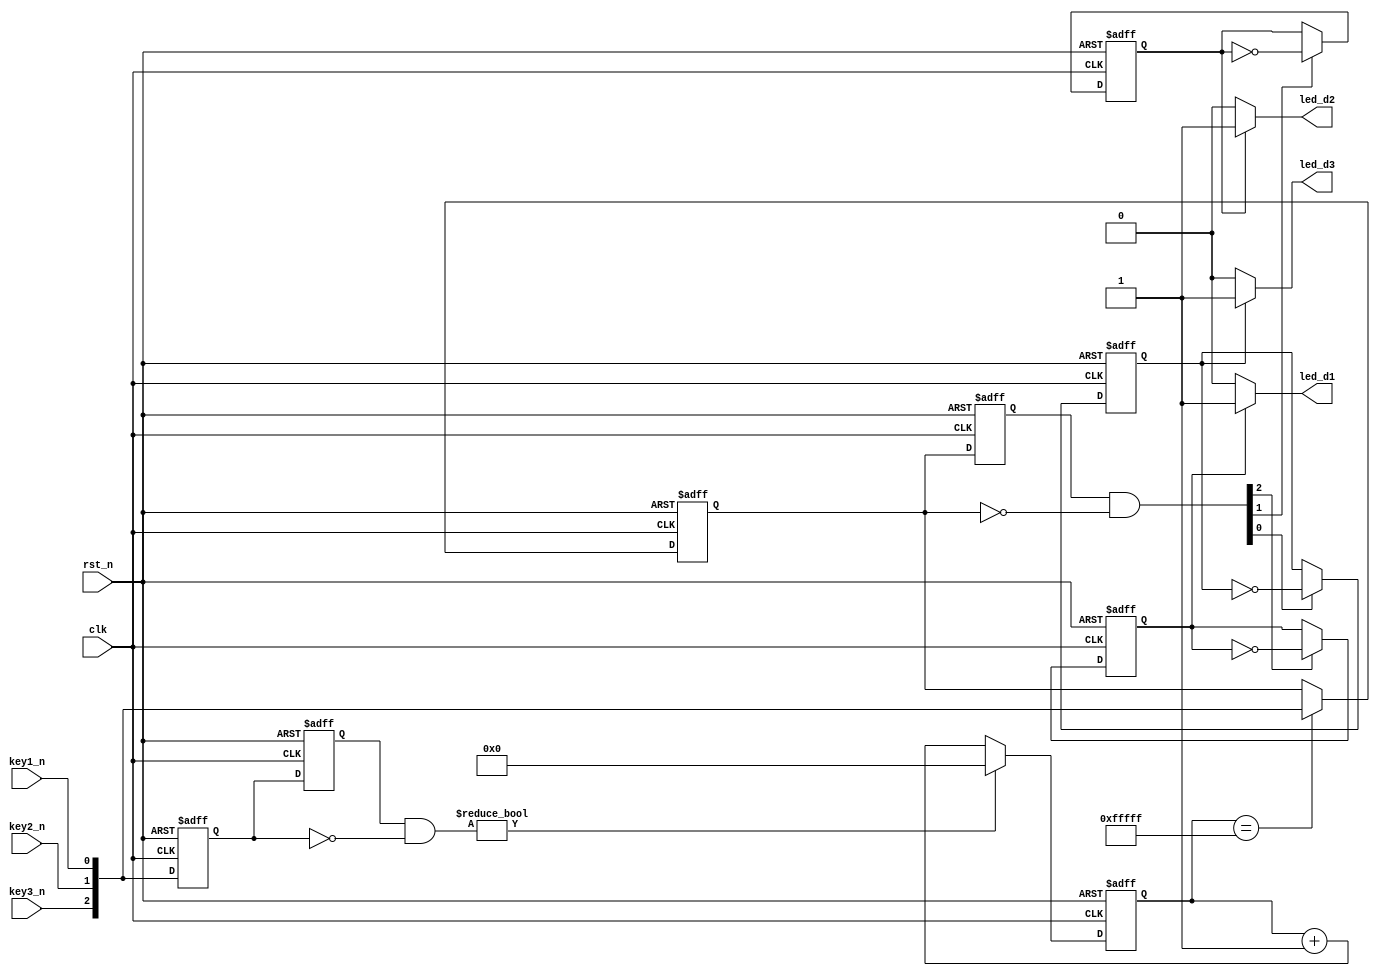
module key_debounce(
            clk,rst_n,
            key1_n,key2_n,key3_n,
               led_d1,led_d2,led_d3
            );

input   clk;    //50MHz
input   rst_n;    //
input   key1_n,key2_n,key3_n;     //
output  led_d1,led_d2,led_d3;    //

//---------------------------------------------------------------------------
reg[2:0] key_rst;  

always @(posedge clk  or negedge rst_n)
    if (!rst_n) key_rst <= 3'b111;
    else key_rst <= {key3_n,key2_n,key1_n};

reg[2:0] key_rst_r;       //low_keylow_key_r

always @ ( posedge clk  or negedge rst_n )
    if (!rst_n) key_rst_r <= 3'b111;
    else key_rst_r <= key_rst;
   
//key_rst10led_an
wire[2:0] key_an = key_rst_r & ( ~key_rst);

//---------------------------------------------------------------------------
reg[19:0]  cnt;    //

always @ (posedge clk  or negedge rst_n)
    if (!rst_n) cnt <= 20'd0;    //
    else if(key_an) cnt <=20'd0;
    else cnt <= cnt + 1'b1;

reg[2:0] low_key;

always @(posedge clk  or negedge rst_n)
    if (!rst_n) low_key <= 3'b111;
    else if (cnt == 20'hfffff)     //20mslow_key     cnt == 20'hfffff
      low_key <= {key3_n,key2_n,key1_n};
      
//---------------------------------------------------------------------------
reg  [2:0] low_key_r;       //low_keylow_key_r

always @ ( posedge clk  or negedge rst_n )
    if (!rst_n) low_key_r <= 3'b111;
    else low_key_r <= low_key;
   
//low_key10led_ctrl
wire[2:0] led_ctrl = low_key_r[2:0] & ( ~low_key[2:0]);

reg d1;
reg d2;
reg d3;
 
always @ (posedge clk or negedge rst_n)
    if (!rst_n) begin
        d1 <= 1'b0;
        d2 <= 1'b0;
        d3 <= 1'b0;
      end
    else begin        //LED
        if ( led_ctrl[0] ) d1 <= ~d1;    
        if ( led_ctrl[1] ) d2 <= ~d2;
        if ( led_ctrl[2] ) d3 <= ~d3;
      end

assign led_d3 = d1 ? 1'b1 : 1'b0;        //LED
assign led_d2 = d2 ? 1'b1 : 1'b0;
assign led_d1 = d3 ? 1'b1 : 1'b0;
 
endmodule